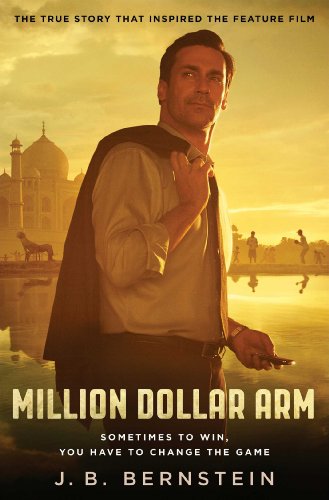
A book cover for Million Dollar Arm: Sometimes to Win, You Have to Change the Game; J. B. Bernstein; Sports & Outdoors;